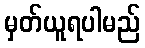
မှတ်ယူရပါမည်